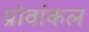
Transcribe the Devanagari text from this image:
प्रोवांकल